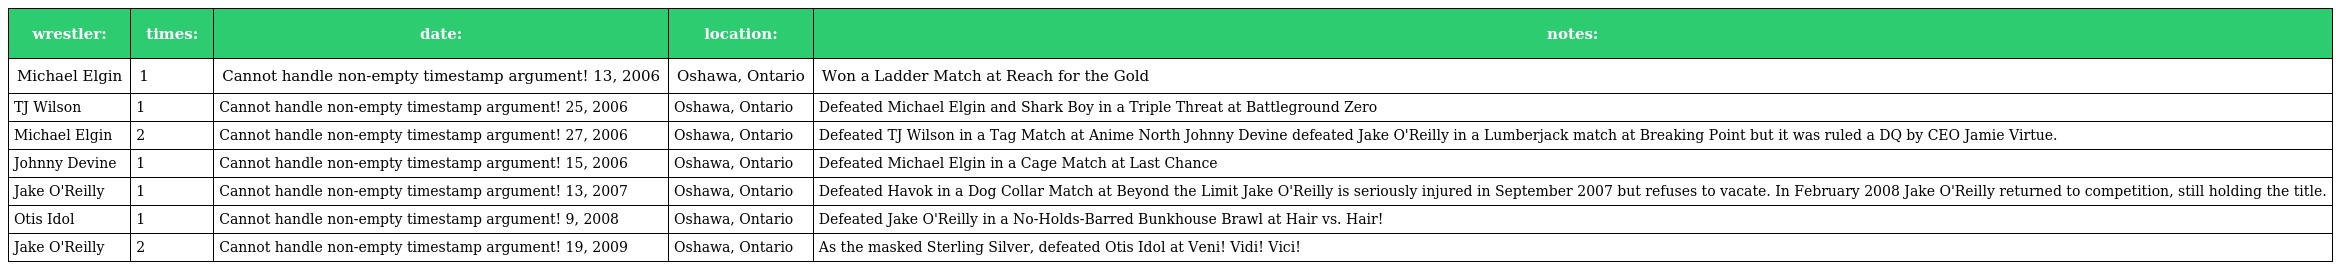
| wrestler: | times: | date: | location: | notes: |
 | --- | --- | --- | --- | --- |
 | Michael Elgin | 1 | Cannot handle non-empty timestamp argument! 13, 2006 | Oshawa, Ontario | Won a Ladder Match at Reach for the Gold |
 | TJ Wilson | 1 | Cannot handle non-empty timestamp argument! 25, 2006 | Oshawa, Ontario | Defeated Michael Elgin and Shark Boy in a Triple Threat at Battleground Zero |
 | Michael Elgin | 2 | Cannot handle non-empty timestamp argument! 27, 2006 | Oshawa, Ontario | Defeated TJ Wilson in a Tag Match at Anime North Johnny Devine defeated Jake O'Reilly in a Lumberjack match at Breaking Point but it was ruled a DQ by CEO Jamie Virtue. |
 | Johnny Devine | 1 | Cannot handle non-empty timestamp argument! 15, 2006 | Oshawa, Ontario | Defeated Michael Elgin in a Cage Match at Last Chance |
 | Jake O'Reilly | 1 | Cannot handle non-empty timestamp argument! 13, 2007 | Oshawa, Ontario | Defeated Havok in a Dog Collar Match at Beyond the Limit Jake O'Reilly is seriously injured in September 2007 but refuses to vacate. In February 2008 Jake O'Reilly returned to competition, still holding the title. |
 | Otis Idol | 1 | Cannot handle non-empty timestamp argument! 9, 2008 | Oshawa, Ontario | Defeated Jake O'Reilly in a No-Holds-Barred Bunkhouse Brawl at Hair vs. Hair! |
 | Jake O'Reilly | 2 | Cannot handle non-empty timestamp argument! 19, 2009 | Oshawa, Ontario | As the masked Sterling Silver, defeated Otis Idol at Veni! Vidi! Vici! |